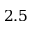
2 . 5